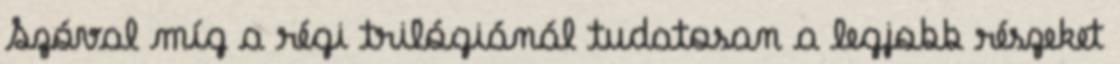
Szóval míg a régi trilógiánál tudatosan a legjobb részeket